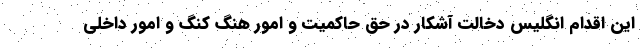
این اقدام انگلیس دخالت آشکار در حق حاکمیت و امور هنگ کنگ و امور داخلی